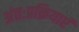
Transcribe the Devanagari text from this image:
अंतःप्रक्रियाएं